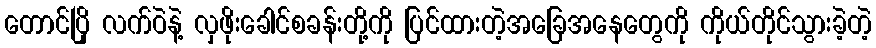
တောင်ပြို လက်ဝဲနဲ့ လှဖိုးခေါင်စခန်းတို့ကို ပြင်ထားတဲ့အခြေအနေတွေကို ကိုယ်တိုင်သွားခဲ့တဲ့